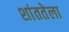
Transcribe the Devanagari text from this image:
शांततेला